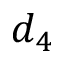
d _ { 4 }